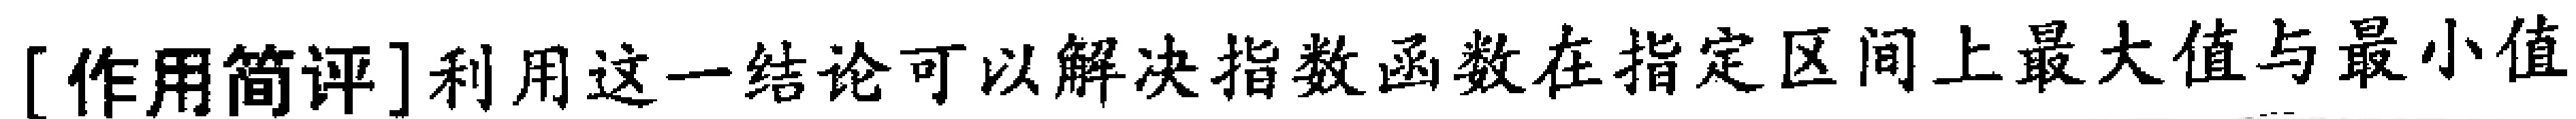
[作用简评]利用这一结论可以解决指数函数在指定区间上最大值与最小值